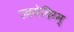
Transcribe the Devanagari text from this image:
उदयेदिरम्